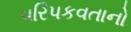
પરિપકવતાનો